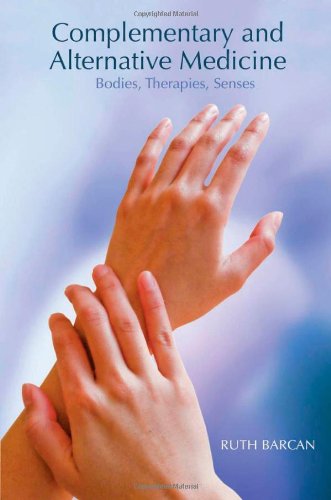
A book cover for Complementary and Alternative Medicine: Bodies, Therapies, Senses; Ruth Barcan; Health, Fitness & Dieting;